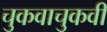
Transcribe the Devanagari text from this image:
चुकवाचुकवी